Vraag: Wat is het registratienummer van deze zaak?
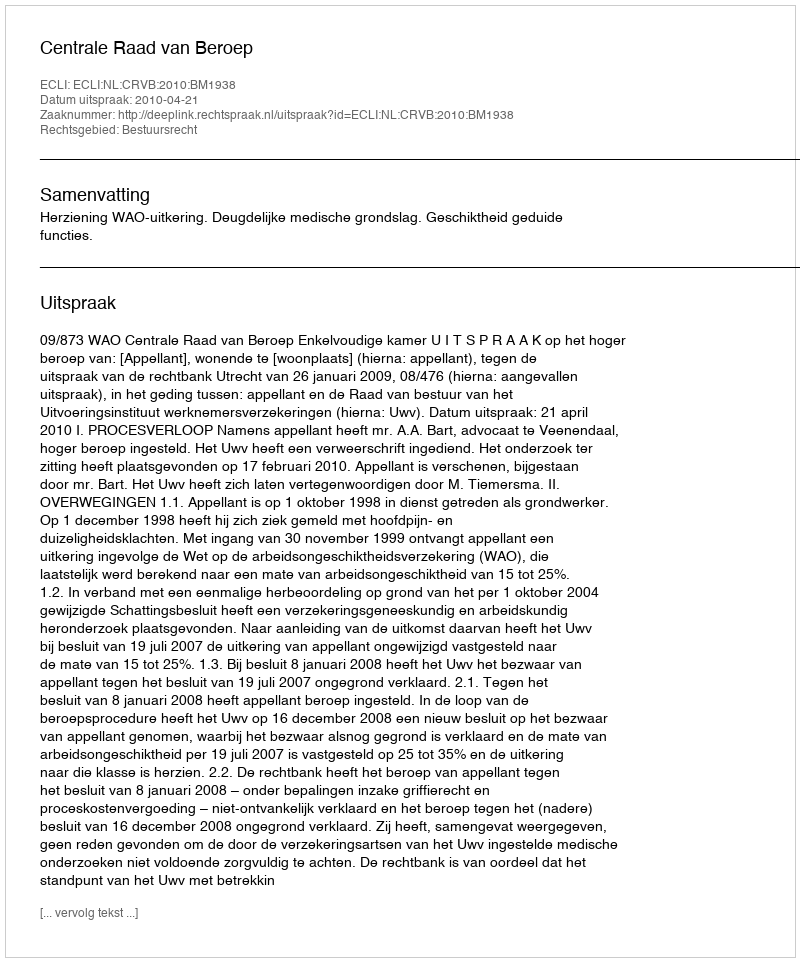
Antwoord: http://deeplink.rechtspraak.nl/uitspraak?id=ECLI:NL:CRVB:2010:BM1938